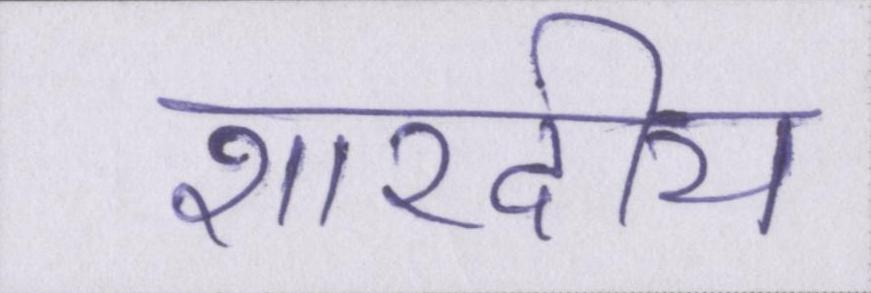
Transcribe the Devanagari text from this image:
शारदीय